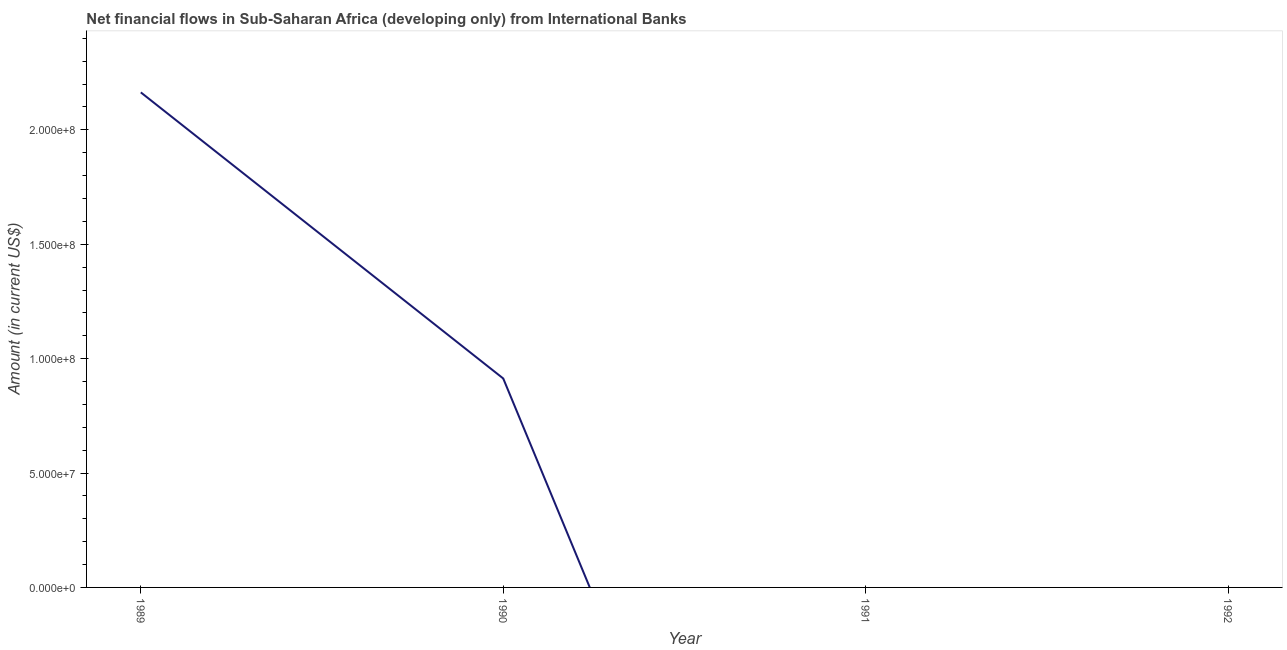
| Year | Net financial flows from IBRD |
 | --- | --- |
 | 1989 | 2.16e+08 |
 | 1990 | 9.13e+07 |
 | 1991 | -2.91e+08 |
 | 1992 | -3.22e+08 |